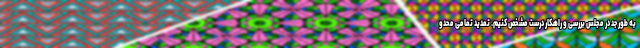
به طور جد در مجلس بررسی و راهکار درست مشخص کنیم. تمدید تمامی محدو